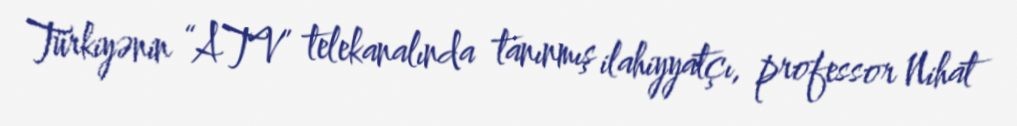
Türkiyənin “ATV” telekanalında tanınmış ilahiyyatçı, professor Nihat